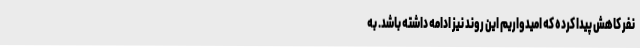
نفر کاهش پیدا کرده که امیدواریم این روند نیز ادامه داشته باشد. به